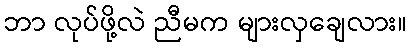
ဘာ လုပ်ဖို့လဲ ညီမက များလှချေလား။